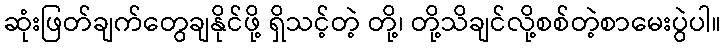
ဆုံးဖြတ်ချက်တွေချနိုင်ဖို့ ရှိသင့်တဲ့ တို့၊ တို့သိချင်လို့စစ်တဲ့စာမေးပွဲပါ။